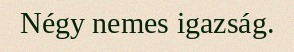
Négy nemes igazság.